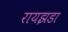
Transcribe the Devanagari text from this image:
रायझडा